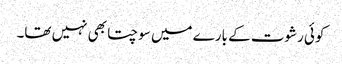
کوئی رشوت کے بارے میں سوچتا بھی نہیں تھا۔